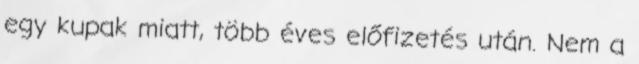
egy kupak miatt, több éves előfizetés után. Nem a